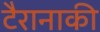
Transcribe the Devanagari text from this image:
टैरानाकी